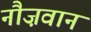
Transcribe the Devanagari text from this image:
नौज़वान